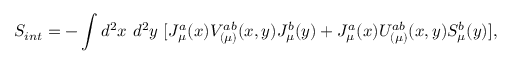
S _ { i n t } = - \int d ^ { 2 } x ~ d ^ { 2 } y ~ [ J _ { \mu } ^ { a } ( x ) V _ { ( \mu ) } ^ { a b } ( x , y ) J _ { \mu } ^ { b } ( y ) + J _ { \mu } ^ { a } ( x ) U _ { ( \mu ) } ^ { a b } ( x , y ) S _ { \mu } ^ { b } ( y ) ] ,